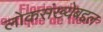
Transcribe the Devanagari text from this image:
लोकसंख्येबद्दल